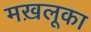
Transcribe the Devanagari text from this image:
मख़लूका